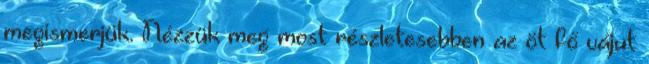
megismerjük. Nézzük meg most részletesebben az öt fő vájut